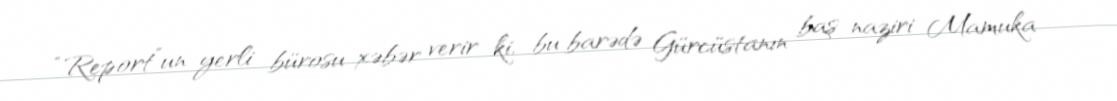
“Report”un yerli bürosu xəbər verir ki, bu barədə Gürcüstanın baş naziri Mamuka